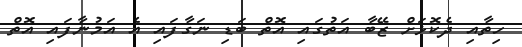
ހިތާއި ދެކޮޅަށް ޒޭބާ އަތުގައި އޮތް ބަޑި ނަގާފައި އެ އަމުނާފައި އޮތް